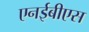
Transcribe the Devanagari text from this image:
एनईबीएस